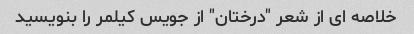
خلاصه ای از شعر "درختان" از جویس کیلمر را بنویسید